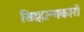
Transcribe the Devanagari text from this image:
सिद्दान्तकारों